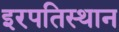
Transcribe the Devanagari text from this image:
इरपतिस्थान